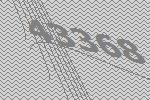
43368